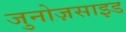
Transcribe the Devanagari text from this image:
जुनोज़साइड